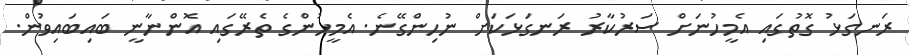
ރަނގަޅު ގޮތުގައި އެމީހުނަށް ސަރުކާރު ރަނގަޅަކަށް ނުހިންގޭނެ. އެމީހުންގެ ތެރޭގައި އޮންނާނީ ބައިބައިވުން.